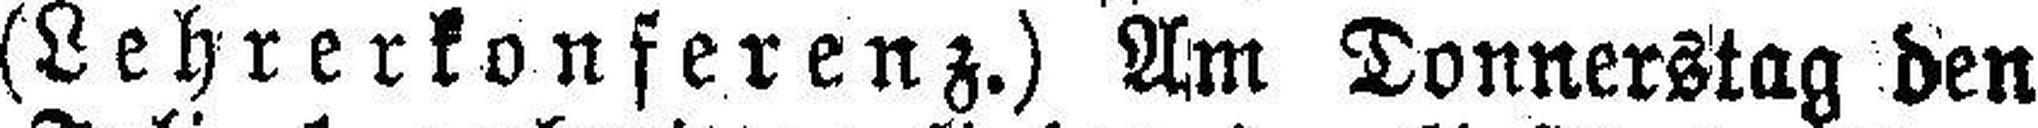
(Lehrerkonferenz.) Am Donnerstag den